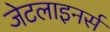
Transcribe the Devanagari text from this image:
जेटलाइनर्स